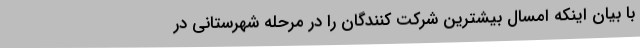
با بیان اینکه امسال بیشترین شرکت کنندگان را در مرحله شهرستانی در